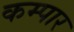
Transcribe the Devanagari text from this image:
कम्पार